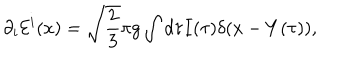
\partial _ { i } { \cal E } ^ { i } ( x ) = \sqrt { \frac { 2 } { 3 } } \pi g \int d \tau I ( \tau ) \delta ( x - Y ( \tau ) ) ,